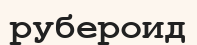
рубероид